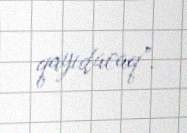
qayıdacaq”.